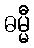
ဓမ္မီ